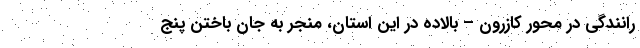
رانندگی در محور کازرون – بالاده در این استان، منجر به جان باختن پنج